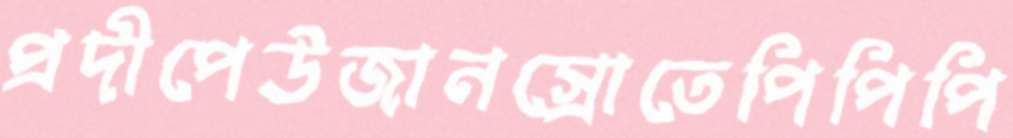
প্রদীপেউজানস্রোতেপিপিপি